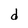
Character: d